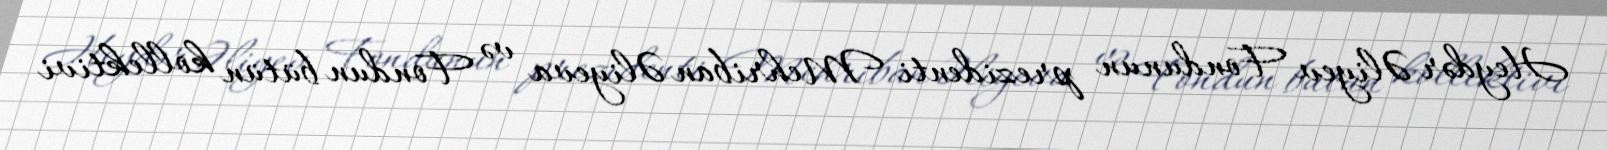
Heydər Əliyev Fondunun prezidenti Mehriban Əliyeva və Fondun bütün kollektivi